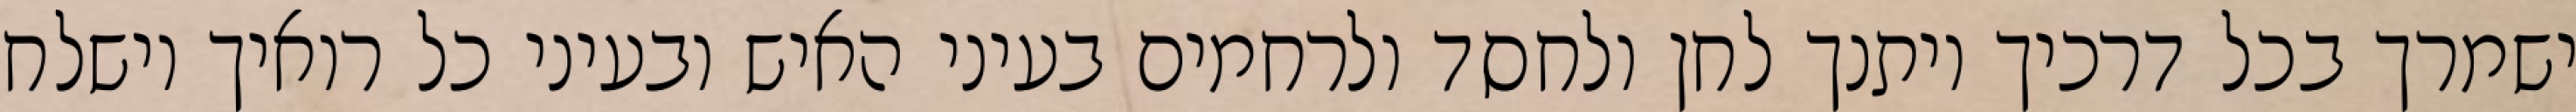
ישמרך בכל דרכיך ויתנך לחן ולחסד ולרחמים בעיני האיש ובעיני כל רואיך וישלח